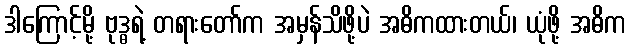
ဒါကြောင့်မို့ ဗုဒ္ဓရဲ့ တရားတော်က အမှန်သိဖို့ပဲ အဓိကထားတယ်၊ ယုံဖို့ အဓိက